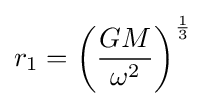
r_{1}=\left({\frac {GM}{\omega ^{2}}}\right)^{\frac {1}{3}}